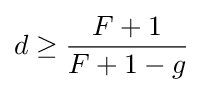
d\geq {\frac {F+1}{F+1-g}}